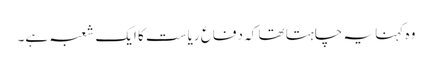
وہ کہنا یہ چاہتا تھا کہ دفاع ریاست کا ایک شعبہ ہے۔